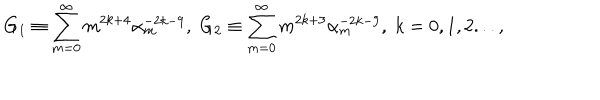
LaTeX: G _ { 1 } \equiv \sum _ { m = 0 } ^ { \infty } m ^ { 2 k + 4 } \alpha _ { m } ^ { - 2 k - 9 } , \; G _ { 2 } \equiv \sum _ { m = 0 } ^ { \infty } m ^ { 2 k + 3 } \alpha _ { m } ^ { - 2 k - 9 } , \; k = 0 , 1 , 2 . . . ,